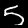
Label: 5